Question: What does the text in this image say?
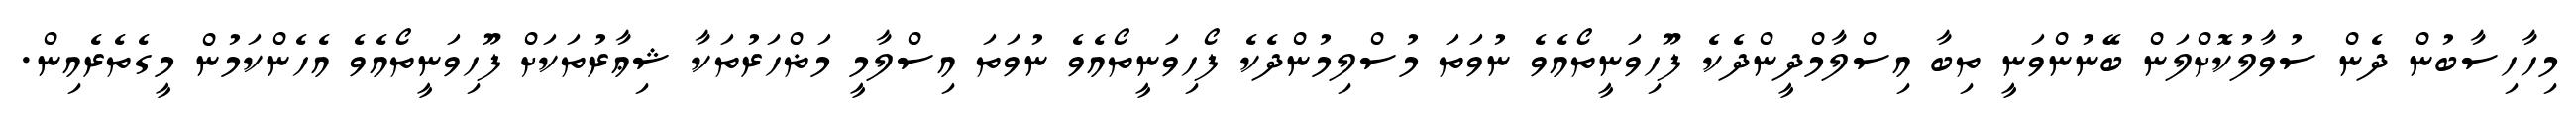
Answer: މިހާހިސާބުން ދެން ސުވާލުކޮށްލަން ބޭނުންވަނީ ތިބާ އިސްލާމްދީންދެކެ ފޫހިވަނީތޯއެވެ ނުވަތަ މުސްލިމުންދެކެ ފޯހިވަނީތޯއެވެ ނުވަތަ އިސްލާމީ މަޡްހަރުތަކާ ޝިޢާރުތަކަށް ފޫހިވަނީތޯއެވެ އެހެންކަމުން މީގެތެރެއިން.